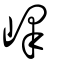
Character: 嶧